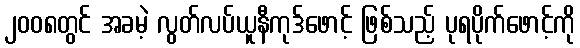
၂၀၀၈တွင် အခမဲ့ လွတ်လပ်ယူနီကုဒ်ဖောင့် ဖြစ်သည့် ပုရပိုက်ဖောင့်ကို